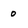
Character: 0